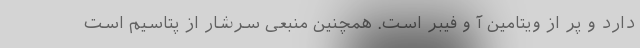
دارد و پر از ویتامین آ و فیبر است. همچنین منبعی سرشار از پتاسیم است